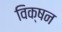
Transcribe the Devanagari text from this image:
विक्षन